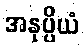
အနုပ္ပိယံ